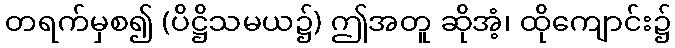
တရက်မှစ၍ (ပိဋ္ဌိသမယ၌) ဤအတူ ဆိုအံ့၊ ထိုကျောင်း၌